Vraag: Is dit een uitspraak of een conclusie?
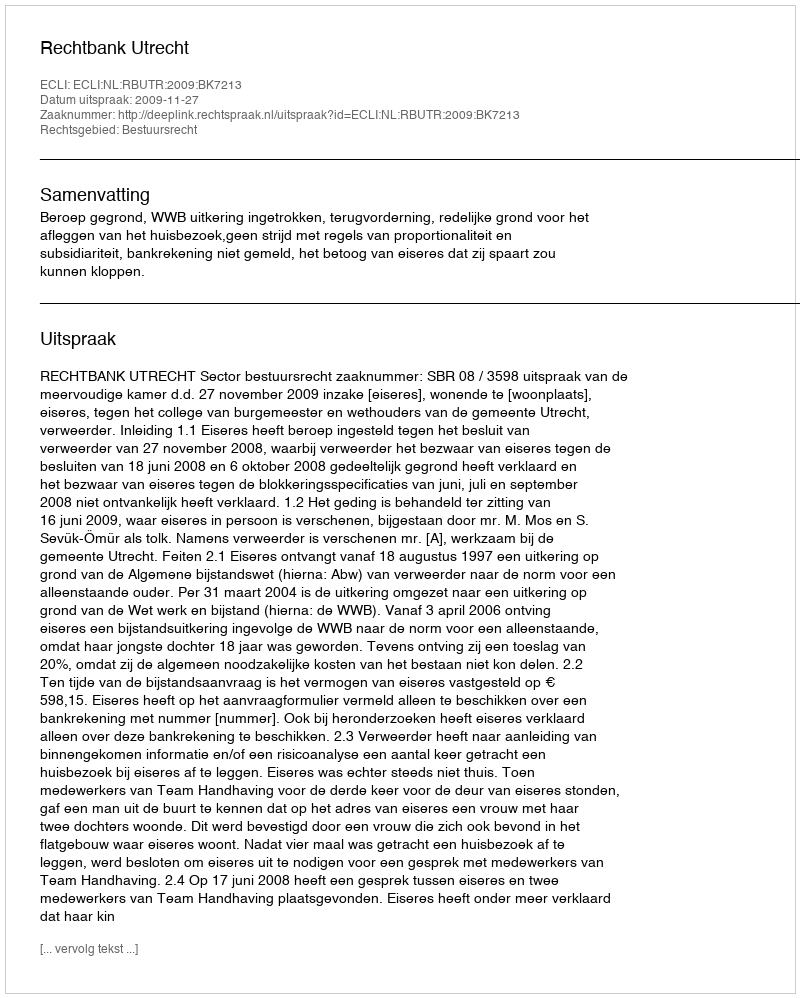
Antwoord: Uitspraak